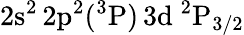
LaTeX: \mathrm{2s^{2}\, 2p^{2}(^{3}P)\, 3d~^{2}P_{3/2}}